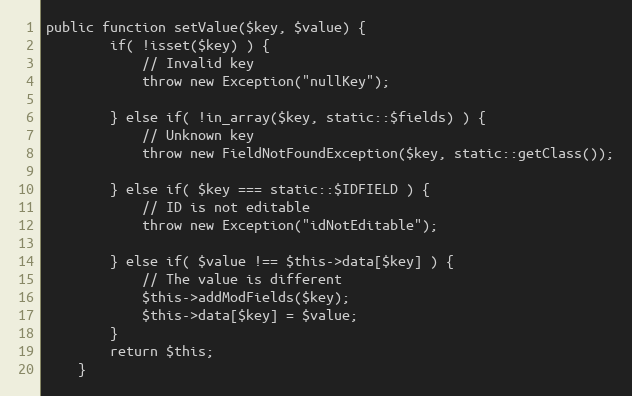
Language: PHP
public function setValue($key, $value) {
		if( !isset($key) ) {
			// Invalid key
			throw new Exception("nullKey");

		} else if( !in_array($key, static::$fields) ) {
			// Unknown key
			throw new FieldNotFoundException($key, static::getClass());

		} else if( $key === static::$IDFIELD ) {
			// ID is not editable
			throw new Exception("idNotEditable");

		} else if( $value !== $this->data[$key] ) {
			// The value is different
			$this->addModFields($key);
			$this->data[$key] = $value;
		}
		return $this;
	}